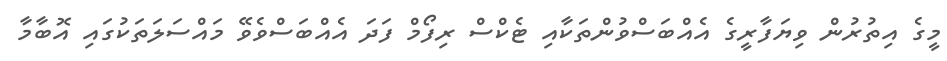
މީގެ އިތުރުން ވިޔަފާރީގެ އެއްބަސްވުންތަކާއި ޓެކްސް ރިފޯމް ފަދަ އެއްބަސްވެވޭ މައްސަލަތަކުގައި އޮބާމާ